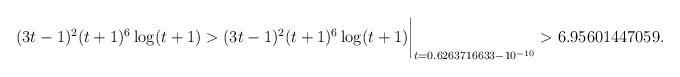
LaTeX: \begin{align*}(3t-1)^2(t+1)^6\log(t+1) > (3t-1)^2(t+1)^6\log(t+1)\biggr\rvert_{t=0.6263716633 - 10^{-10}}> 6.95601447059 .\end{align*}